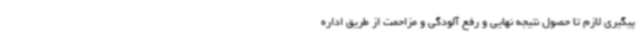
پیگیری لازم تا حصول نتیجه نهایی و رفع آلودگی و مزاحمت از طریق اداره